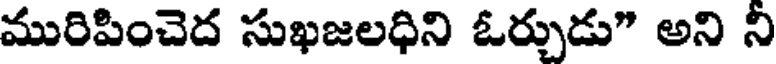
మురిపించెద సుఖజలధిని ఓర్చుడు" అని ని